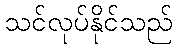
သင်လုပ်နိုင်သည်